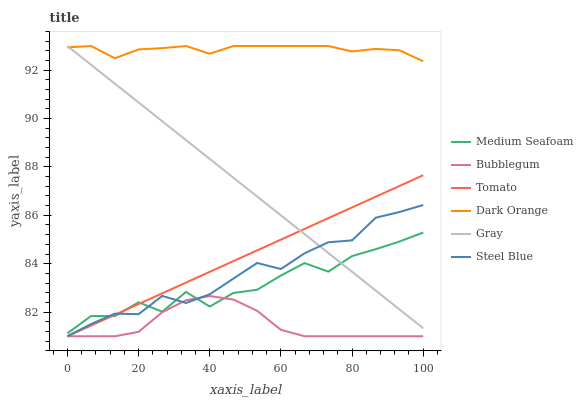
| xaxis_label | Medium Seafoam | Bubblegum | Tomato | Dark Orange | Gray | Steel Blue |
 | --- | --- | --- | --- | --- | --- | --- |
 | 0 | 81.1 | 81 | 81 | 92.9 | 93 | 81 |
 | 6.67 | 81.8 | 81 | 81.4 | 93 | 92.2 | 81.5 |
 | 13.3 | 81.8 | 81 | 81.9 | 92.5 | 91.4 | 81.9 |
 | 20 | 82.4 | 81.2 | 82.3 | 92.9 | 90.7 | 81.9 |
 | 26.7 | 82 | 82 | 82.8 | 92.9 | 89.9 | 82.7 |
 | 33.3 | 82.8 | 82.5 | 83.2 | 93 | 89.1 | 82.4 |
 | 40 | 82.2 | 82.7 | 83.7 | 92.7 | 88.3 | 82.7 |
 | 46.7 | 82.8 | 82.5 | 84.1 | 93 | 87.6 | 83.4 |
 | 53.3 | 82.9 | 82.1 | 84.6 | 93 | 86.8 | 84 |
 | 60 | 83.5 | 81.3 | 85 | 93 | 86 | 83.8 |
 | 66.7 | 84 | 81 | 85.4 | 93 | 85.2 | 84.4 |
 | 73.3 | 83.7 | 81 | 85.9 | 93 | 84.4 | 84.9 |
 | 80 | 84.3 | 81 | 86.3 | 92.8 | 83.7 | 85 |
 | 86.7 | 84.6 | 81 | 86.8 | 92.9 | 82.9 | 85.9 |
 | 93.3 | 84.9 | 81 | 87.2 | 92.8 | 82.1 | 86.1 |
 | 100 | 85.3 | 81 | 87.7 | 92.4 | 81.3 | 86.4 |